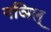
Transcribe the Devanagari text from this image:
नञिल्